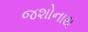
જશોનાથ